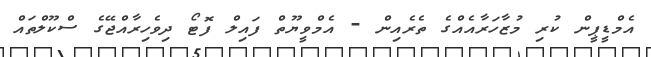
އެމްޑީޕީން ކުރި މުޒާހަރާއެއްގެ ތެރެއިން - އެމްވީޔޫތް ފައިލް ފޮޓޯ ދިވެހިރާއްޖޭގެ ސްކޫލްތައް